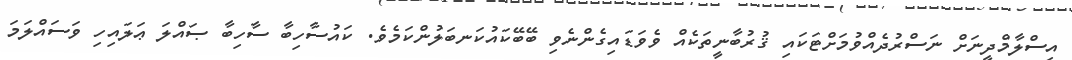
އިސްލާމްދީނަށް ނަސްރުދެއްވުމަށްޓަކައި ޤުރުބާނީތަކެއް ވެވަޑައިގެންނެވި ބޭބޭކައުކަނބަލުންކަމެވެ. ކައުސާހިބާ ސާހިބާ ޞައްލަ ޢަލައިހި ވަސައްލަމަ